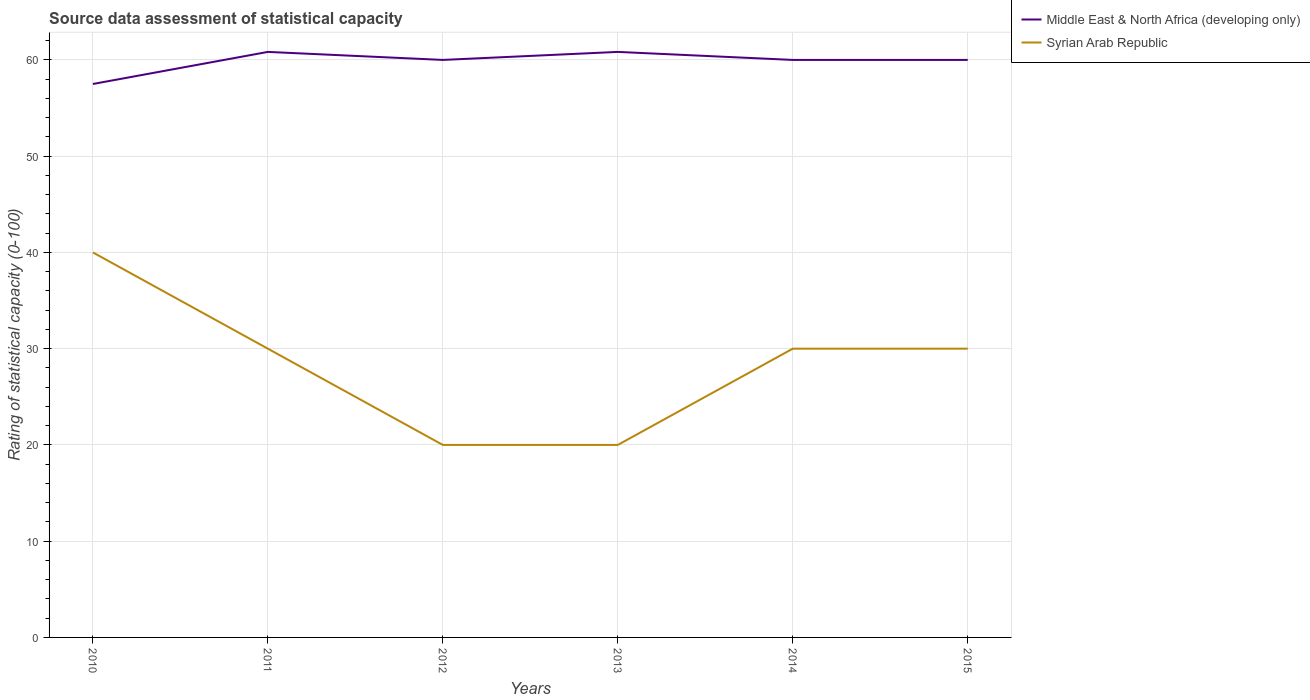
| Years | Middle East & North Africa (developing only) | Syrian Arab Republic |
 | --- | --- | --- |
 | 2010 | 57.5 | 40 |
 | 2011 | 60.8 | 30 |
 | 2012 | 60 | 20 |
 | 2013 | 60.8 | 20 |
 | 2014 | 60 | 30 |
 | 2015 | 60 | 30 |